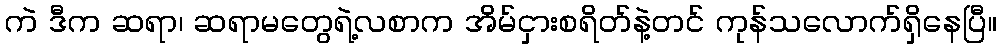
ကဲ ဒီက ဆရာ၊ ဆရာမတွေရဲ့လစာက အိမ်ငှားစရိတ်နဲ့တင် ကုန်သလောက်ရှိနေပြီ။